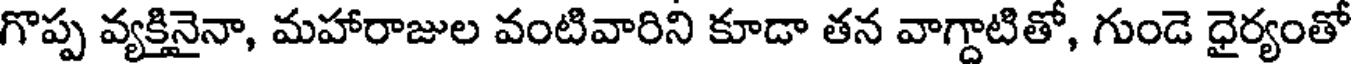
గొప్ప వ్యక్తినైనా, మహారాజుల వంటివారిని కూడా తన వాగ్దాటితో, గుండె ధైర్యంతో